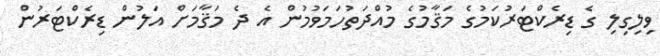
ވިލިގިލި ގެ ޑިރެކްޓަރުކަމުގެ މަޤާމުގެ މުއްދަތުހަމަވުމުން އެ ދެ މަޤާމަށް އަލުން ޑިރެކްޓަރުން